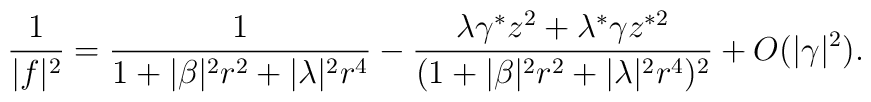
\frac{1}{|f|^2} = \frac{1}{1+|\beta|^2  r^2 + |\lambda|^2 r^4}- \frac{\lambda \gamma^{*} z^2 + \lambda^{*} \gamma z^{*2}} {(1+|\beta|^2 r^2 + |\lambda|^2 r^4)^2} + O(\vert\gamma\vert^2).